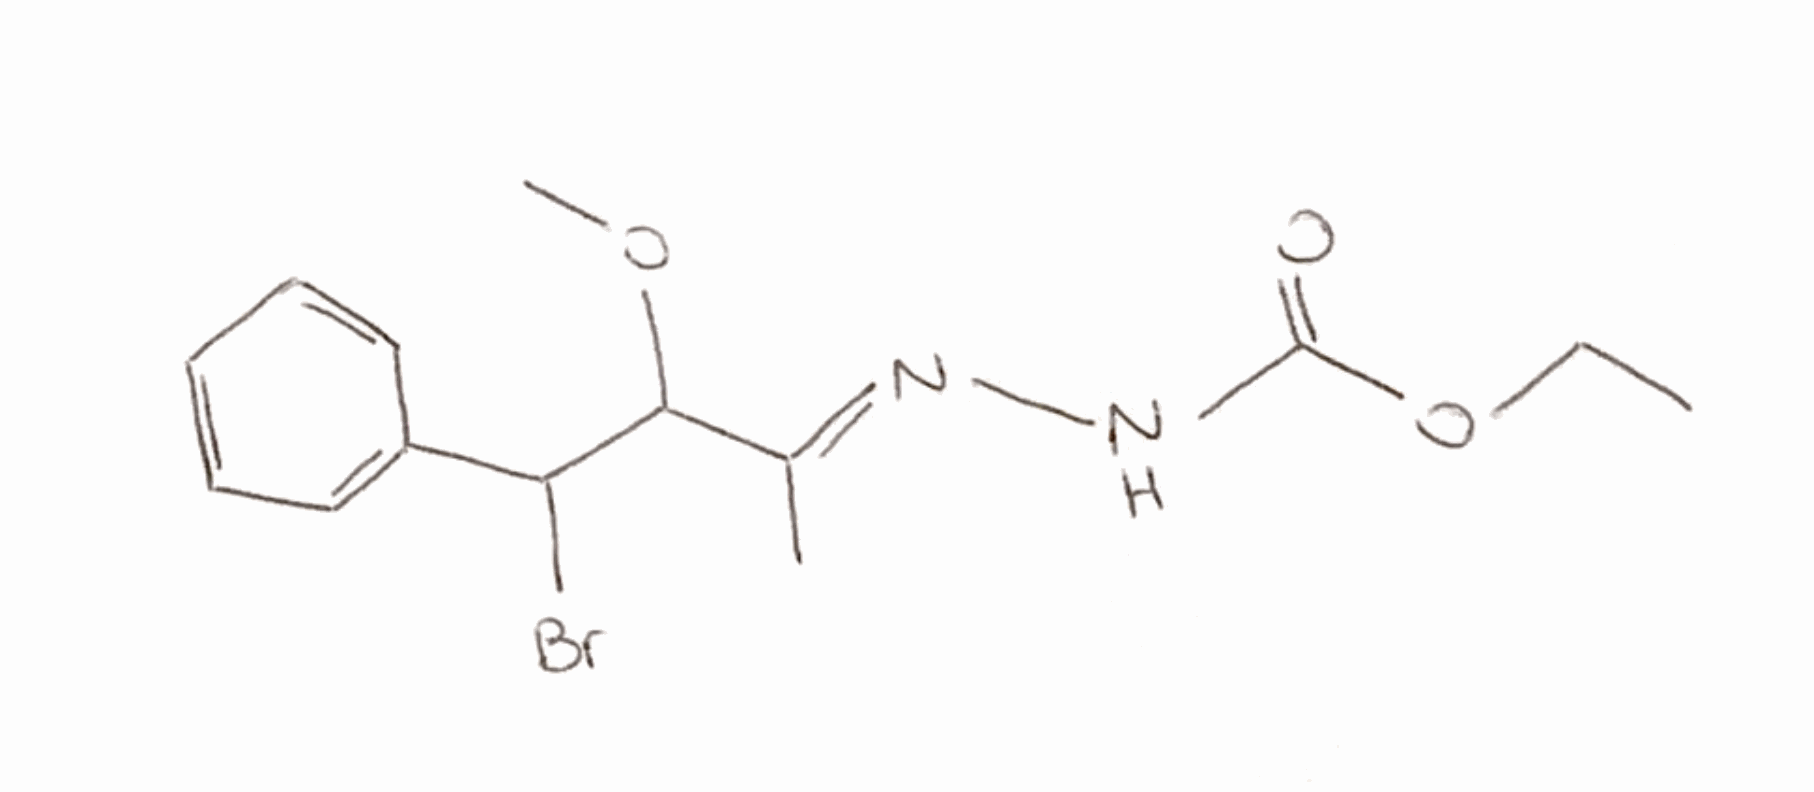
Simplified molecular-input line-entry system (SMILES) notation of the given molecule:
CCOC(=O)N/N=C(\C)/C(C(C1=CC=CC=C1)Br)OC